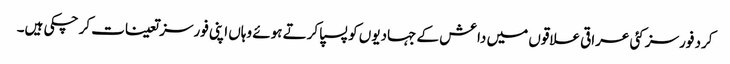
کرد فورسز کئی عراقی علاقوں میں داعش کے جہادیوں کو پسپا کرتے ہوئے وہاں اپنی فورسز تعینات کر چکی ہیں۔